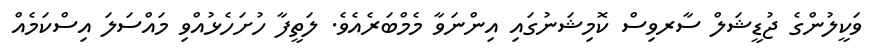
ވަކީލުންގެ ޖުޑީޝަލް ސާރވިސް ކޮމިޝަނުގައި އިންނަވާ މެމްބަރެއެވެ. ލަތީފާ ހުށަހެޅުއްވި މައްސަލަ އިސްކަމެއް